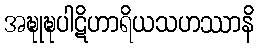
အဍ္ဎုဍ္ဎပါဋိဟာရိယသဟဿာနိ